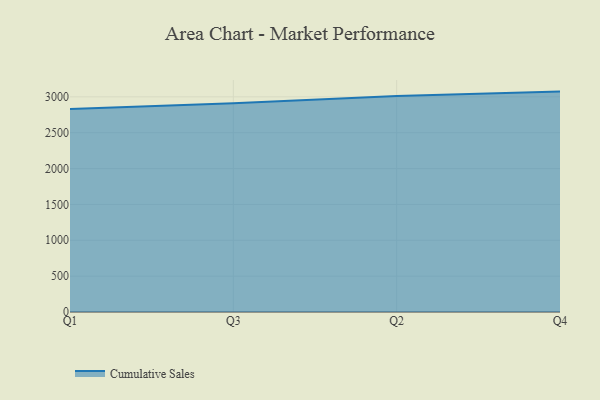
{"axis": {"x": "Quarter", "y": "Website Visitors"}, "legend": ["Cumulative Sales"], "data": [{"x": "Q1", "y": 2831.8, "type": "Cumulative Sales"}, {"x": "Q3", "y": 2910.3, "type": "Cumulative Sales"}, {"x": "Q2", "y": 3011.9, "type": "Cumulative Sales"}, {"x": "Q4", "y": 3073.5, "type": "Cumulative Sales"}]}